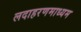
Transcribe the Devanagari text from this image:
लदाहरणमाध्यम